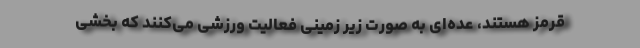
قرمز هستند، عده‌ای به صورت زیر زمینی فعالیت ورزشی می‌کنند که بخشی